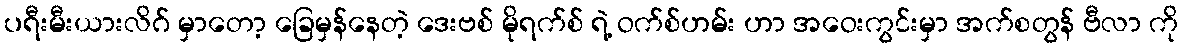
ပရီးမီးယားလိဂ် မှာတော့ ခြေမှန်နေတဲ့ ဒေးဗစ် မိုရက်စ် ရဲ့ ဝက်စ်ဟမ်း ဟာ အဝေးကွင်းမှာ အက်စတွန် ဗီလာ ကို